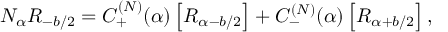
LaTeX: N _ { \alpha } R _ { - b / 2 } = C _ { + } ^ { ( N ) } ( \alpha ) \left[ R _ { \alpha - b / 2 } \right] + C _ { - } ^ { ( N ) } ( \alpha ) \left[ R _ { \alpha + b / 2 } \right] ,